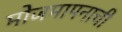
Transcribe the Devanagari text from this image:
मोजमापनाची